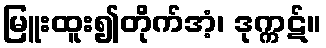
မြူးထူး၍တိုက်အံ့၊ ဒုက္ကဋ်။